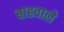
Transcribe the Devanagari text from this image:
बाहवाले